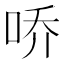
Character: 𪡀